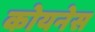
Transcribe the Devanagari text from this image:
कोयनेस